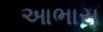
આભાસ